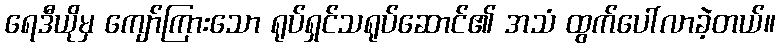
ရေဒီယိုမှ ကျော်ကြားသော ရုပ်ရှင်သရုပ်ဆောင်၏ အသံ ထွက်ပေါ်လာခဲ့တယ်။